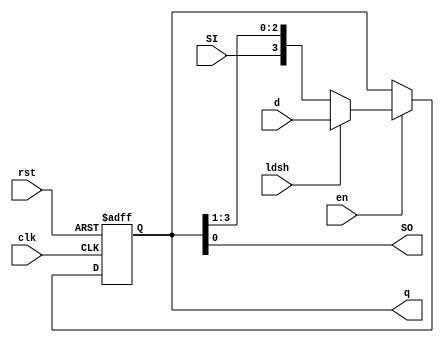
module shiftRreg4 #(
    parameter N = 4
) (
    input clk, rst, en, ldsh, SI, 
    input [N-1: 0] d, 
    output SO, 
    output reg [N-1: 0] q
);

    always @(posedge clk, posedge rst) begin 
        if (rst) 
            q <= 0; 
        else if (en) begin 
            if (ldsh) 
                q <= d;
            else 
                q <= {SI, q[N-1: 1]};
        end
    end

    assign SO = q[0]; 
    
endmodule